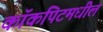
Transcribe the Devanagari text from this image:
कॉकपिटमधील